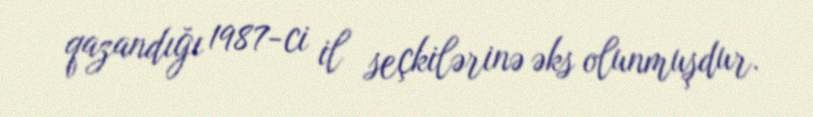
qazandığı 1987-ci il seçkilərinə əks olunmuşdur.